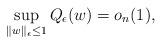
LaTeX: \begin{align*}\sup_{\Vert w\Vert_{\epsilon}\leq 1}Q_{\epsilon}(w) = o_{n}(1),\end{align*}